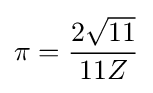
\pi ={\frac {2{\sqrt {11}}}{11Z}}